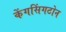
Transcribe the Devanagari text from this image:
केंगसिंगटोन